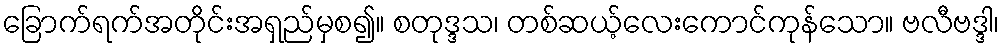
ခြောက်ရက်အတိုင်းအရှည်မှစ၍။ စတုဒ္ဒသ၊ တစ်ဆယ့်လေးကောင်ကုန်သော။ ဗလီဗဒ္ဒါ၊